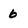
Character: 6